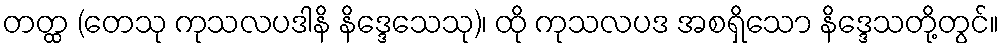
တတ္ထ (တေသု ကုသလပဒါနိ နိဒ္ဒေသေသု)၊ ထို ကုသလပဒ အစရှိသော နိဒ္ဒေသတို့တွင်။